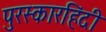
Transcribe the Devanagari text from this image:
पुरस्कारहिंदी